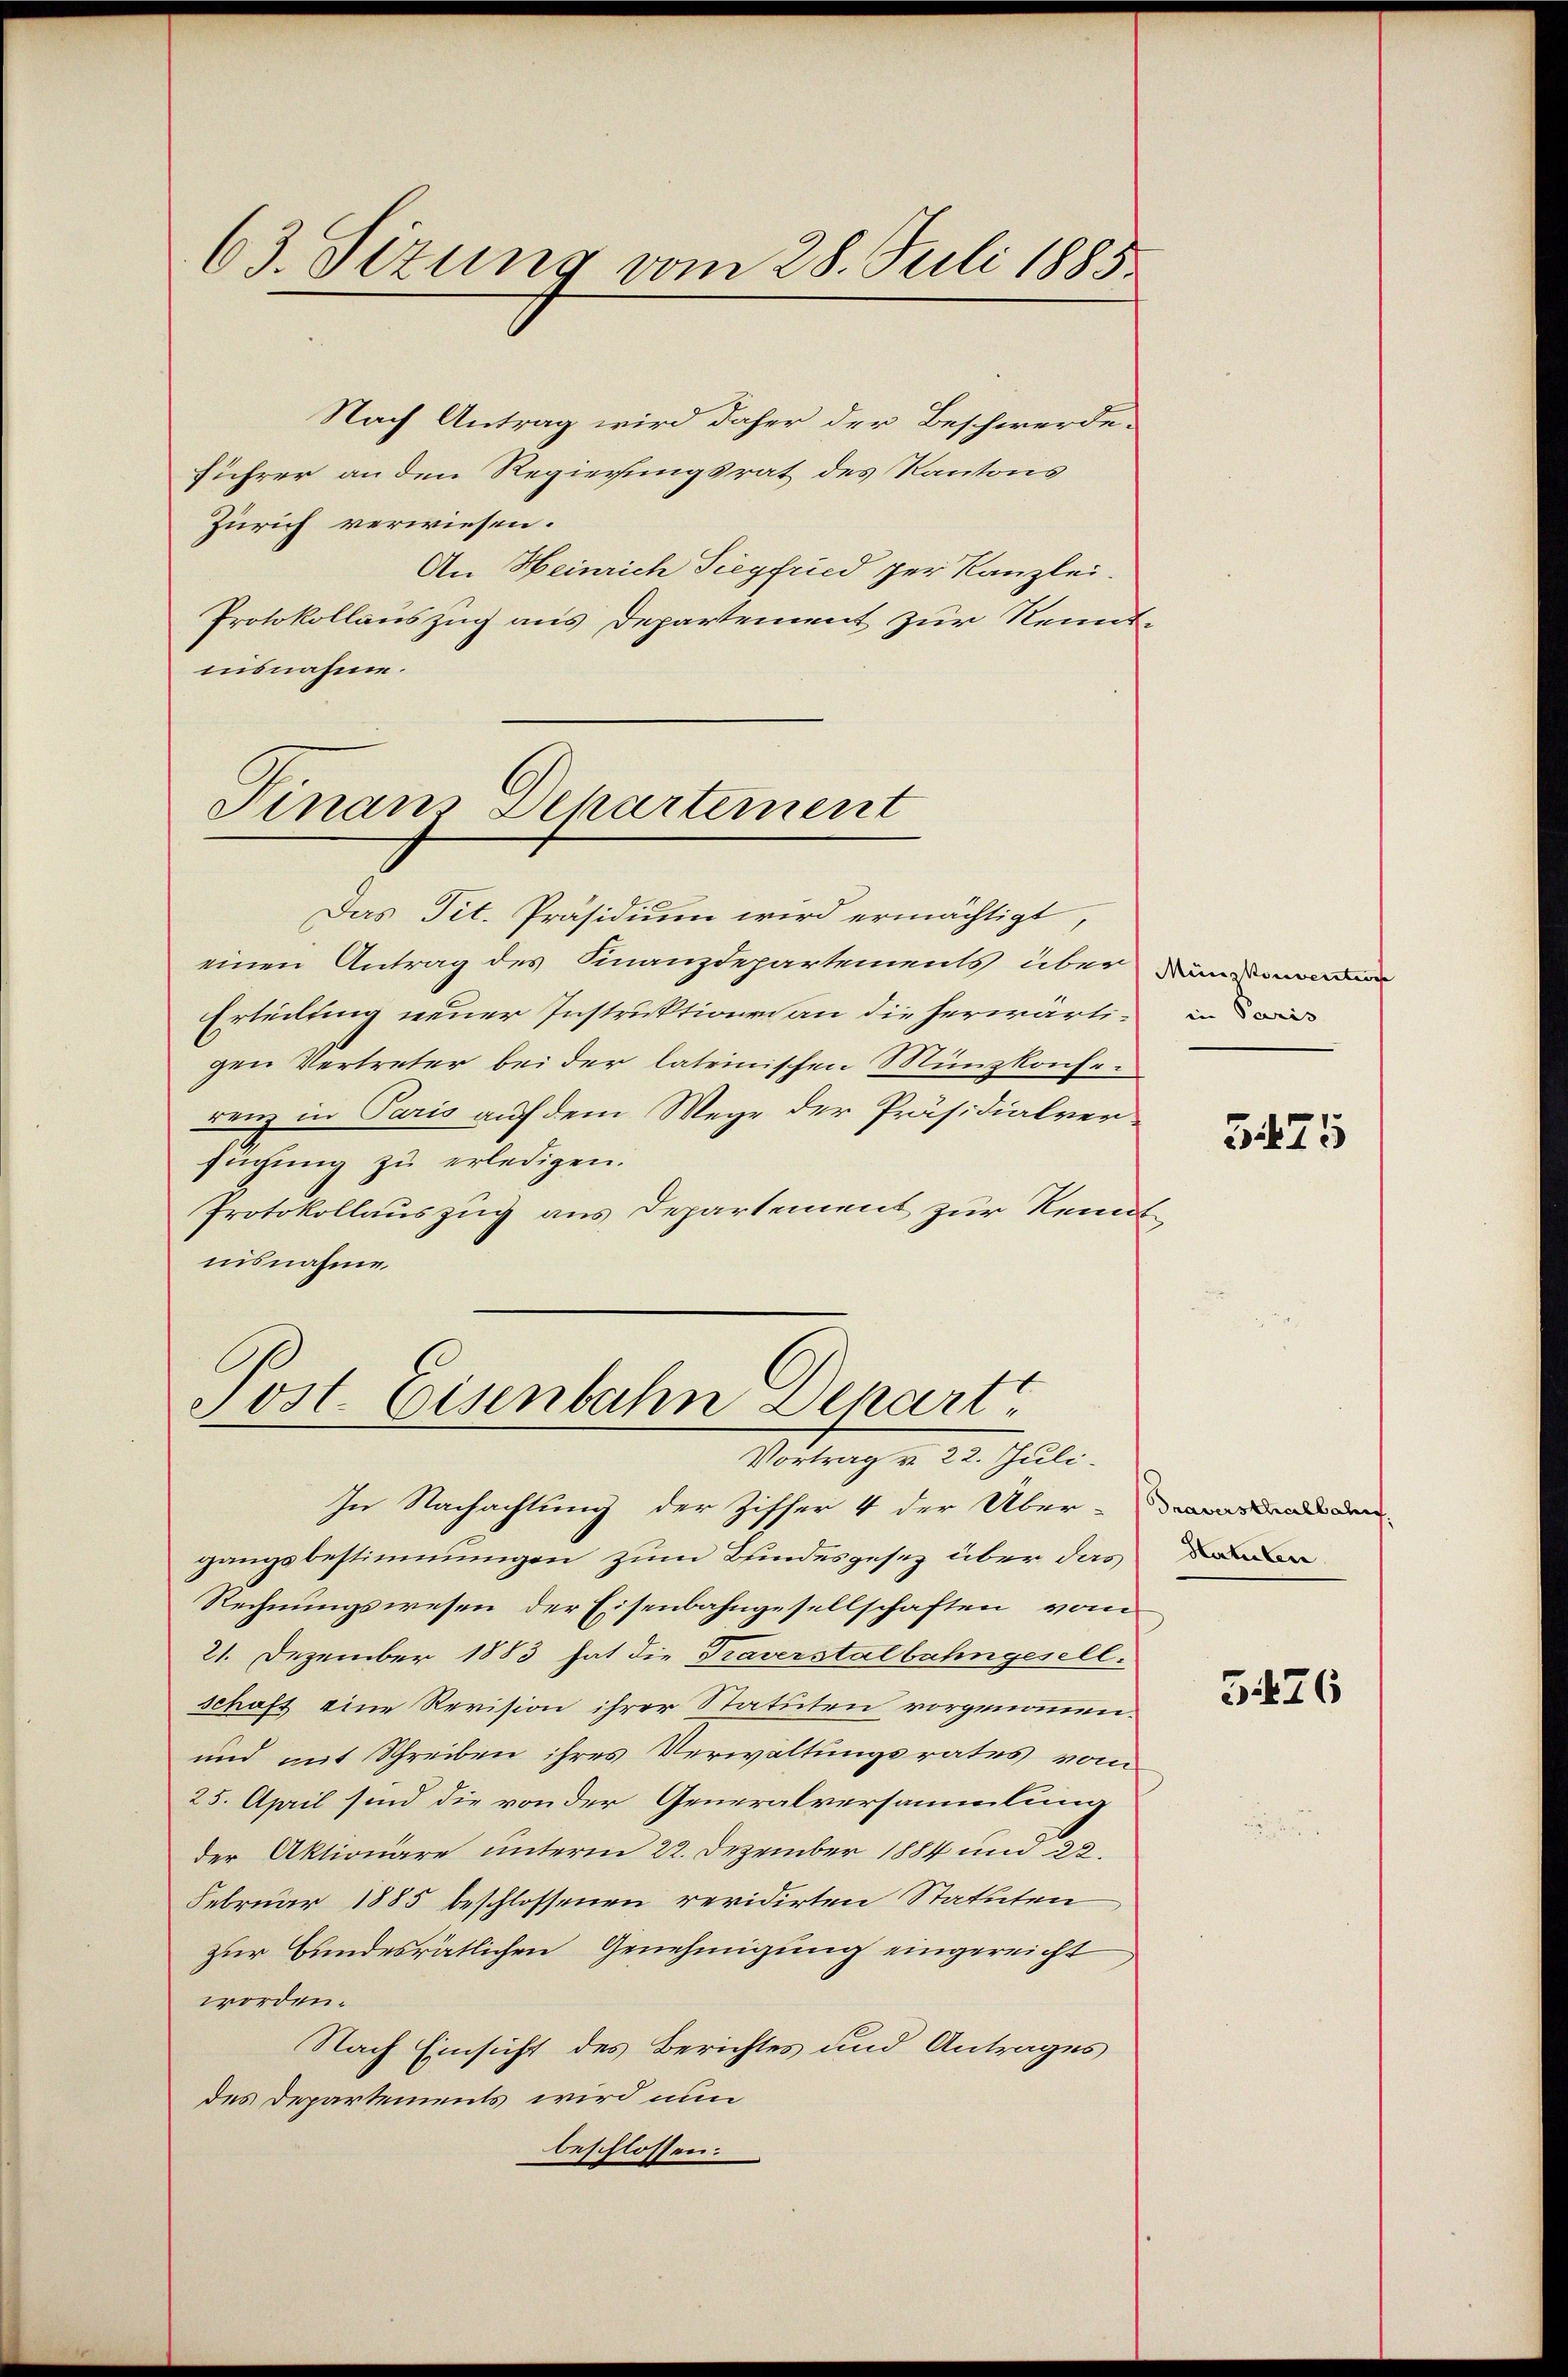
63. Situng vom 28. Juli 1885

Nach Antrag wird daher der Beschwerde.
Führer an den Regierungsrat des Kantons
Zürich verwiesen.
An Heinrich Siegfried per Kanzlei.
Protokollauszug aus Departement zur Kenntuusnahme.

Finans Departement

Post. Eisenbahn Depart
Vortrag v. 22. Juli.

Das Tit. Präsidium wird ermächtigt
einen Antrag des Finanzdepartements über dann
Erteilung neuer Instruktion an die herwärtigen Vertreter bei der lateinischen Münzkonferenz in Paris auf dem Wege der Präsidialversuchung zu erledigen.
Protokollauszug aus Departement zur Remol
nisnahme.

In Nachachtung der Ziffer 4 der Über-Landen
gangsbestimmungen zum Bundesgesez über das
Rechnungswesen der Eisenbahngesellschaften vom
21. Dezember 1883 hat die Traverstalbahngesellschaft eine Revision ihrer Statuten vorgenommen.
und mit Schreiben ihres Verwaltungsrates vom
25. April sind die von der Generalversammlung
der Aktionäre unterm 22. Dezember 1884 und 22.
Februar 1885 beschlossenen revidirten Statuten
zur Bundesrätlichen Genehmigung eingereicht
worden.
Nach Einsicht des Berichtes und Antrages
des Departements wird nun
beschlossen:

in Paris

3475

Statuten

5426